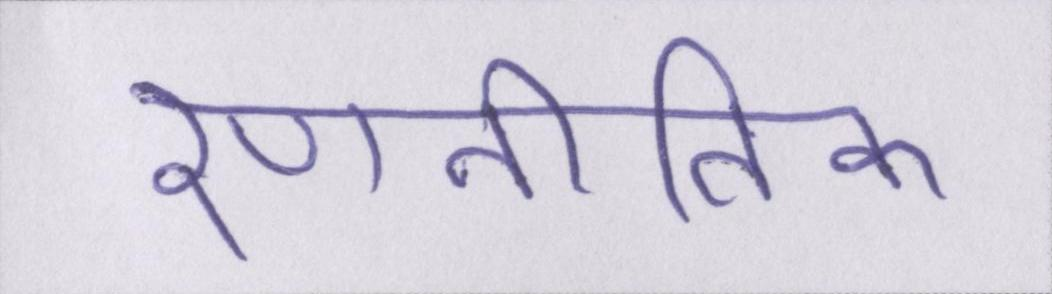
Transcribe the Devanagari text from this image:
रणनीतिक